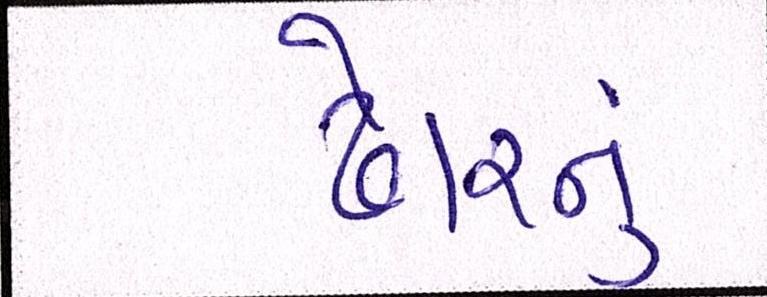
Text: ઢોરનું